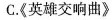
C.《英雄交响曲》